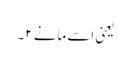
یعنی اسے مانے ۲۔